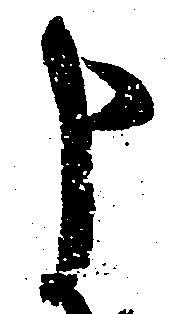
申